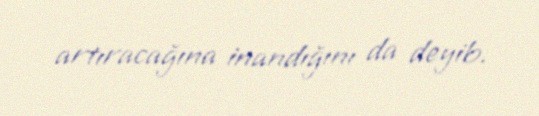
artıracağına inandığını da deyib.